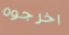
اخرجوه